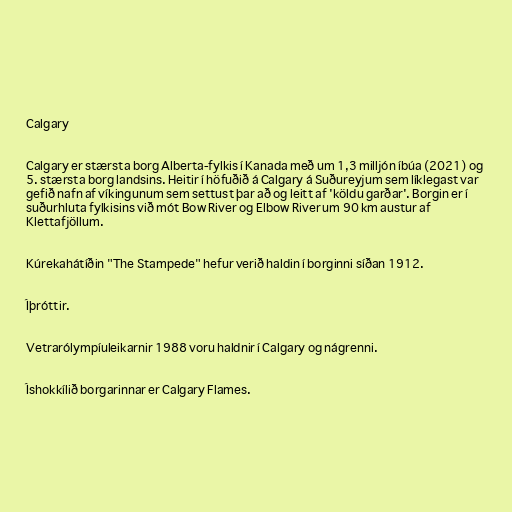
Calgary

Calgary er stærsta borg Alberta-fylkis í Kanada með um 1,3 milljón íbúa (2021) og
5. stærsta borg landsins. Heitir í höfuðið á Calgary á Suðureyjum sem líklegast var
gefið nafn af víkingunum sem settust þar að og leitt af 'köldu garðar'. Borgin er í
suðurhluta fylkisins við mót Bow River og Elbow River um 90 km austur af
Klettafjöllum.

Kúrekahátíðin "The Stampede" hefur verið haldin í borginni síðan 1912.

Íþróttir.

Vetrarólympíuleikarnir 1988 voru haldnir í Calgary og nágrenni.

Íshokkílið borgarinnar er Calgary Flames.